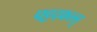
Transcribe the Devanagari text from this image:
पट्टदकल्लु